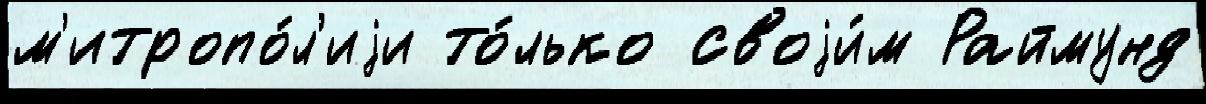
м'итропо́л'иjи то́лько своjи́м Раймунд